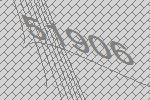
51906